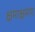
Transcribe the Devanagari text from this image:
क्षमाक्षमण